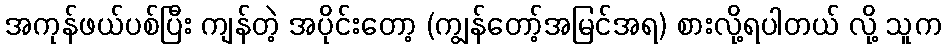
အကုန်ဖယ်ပစ်ပြီး ကျန်တဲ့ အပိုင်းတော့ (ကျွန်တော့်အမြင်အရ) စားလို့ရပါတယ် လို့ သူက